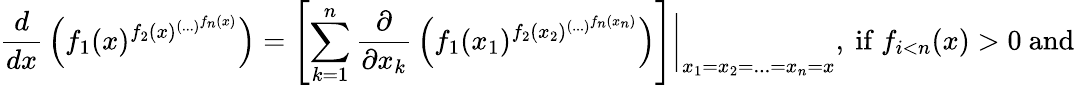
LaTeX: {\frac{d}{dx}}\left(f_{1}(x)^{f_{2}(x)^{\left(...\right)^{f_{n}(x)}}}\right)=\left[\sum_{k=1}^{n}{\frac{\partial}{\partial x_{k}}}\left(f_{1}(x_{1})^{f_{2}(x_{2})^{\left(...\right)^{f_{n}(x_{n})}}}\right)\right]{\biggr\vert}_{x_{1}=x_{2}=...=x_{n}=x},{\mathrm{~if~}}f_{i<n}(x)>0{\mathrm{~and~}}